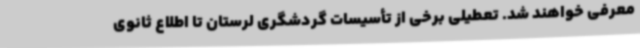
معرفی خواهند شد. تعطیلی برخی از تأسیسات گردشگری لرستان تا اطلاع ثانوی